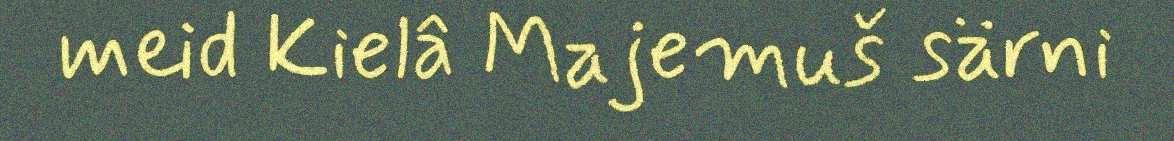
meid Kielâ Majemuš särni